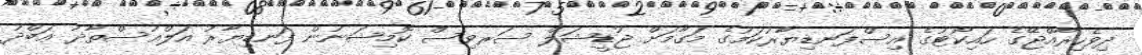
ދިވެހިރާއްޖޭގެ ހައިކޯޓުގެ އިސްފަނޑިޔާރުކަމުގެ މަގާމަށް ޖުޑީޝަލް ސަރވިސް ކޮމިޝަނުން ފަނޑިޔާރު އަލްއުސްތާޛު ޢަބްދު